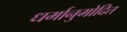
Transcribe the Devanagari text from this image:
धर्मानुमोदित